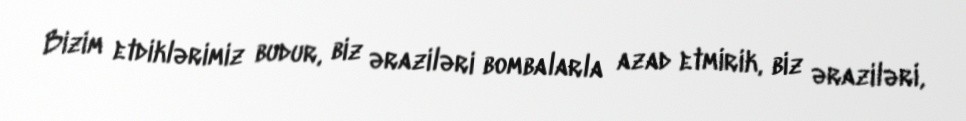
Bizim etdiklərimiz budur, biz əraziləri bombalarla azad etmirik, biz əraziləri,